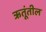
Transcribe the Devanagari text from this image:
ऋतूंतील